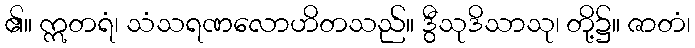
၏။ ဣတရံ၊ သံသရဏလောဟိတသည်။ ဒွီသုဒိသာသု၊ တို့၌။ ဇာတံ၊